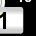
Digit: 1